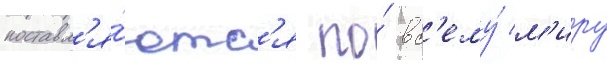
поставл'я́ютс'я по́ вс'ему́ м'иру